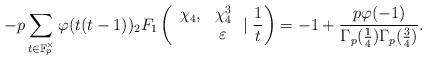
LaTeX: \begin{align*}-p\sum_{t\in\mathbb{F}_p^{\times}}\varphi(t(t-1)){_2F_1}\left(\begin{array}{cc}\chi_4, & \chi_4^3\\& \varepsilon\end{array}\mid\frac{1}{t}\right)=-1+\frac{p\varphi(-1)}{\Gamma_p(\frac{1}{4})\Gamma_p(\frac{3}{4})}.\end{align*}